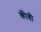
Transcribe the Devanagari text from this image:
कीबी